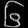
Digit: ၆